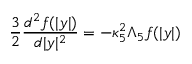
{ \frac { 3 } { 2 } } { \frac { d ^ { 2 } f ( | y | ) } { d | y | ^ { 2 } } } = - \kappa _ { 5 } ^ { 2 } \Lambda _ { 5 } f ( | y | )